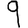
Digit: 9